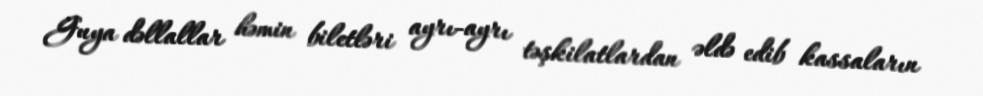
Guya dəllallar həmin biletləri ayrı-ayrı təşkilatlardan əldə edib kassaların